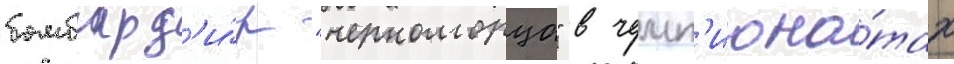
бомбард'и́р "черноморца" в чемп'иона́тах